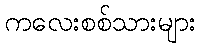
ကလေးစစ်သားများ